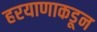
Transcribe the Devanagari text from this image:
हरयाणाकडून